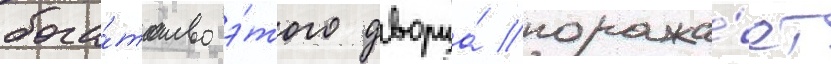
бога́тство э́того дворца́ поража́ет